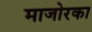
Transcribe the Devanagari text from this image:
माजोरका